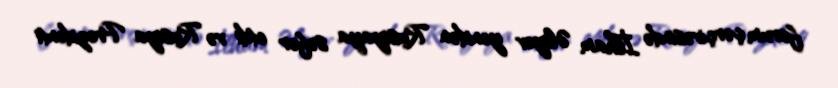
forum çərçivəsində İlham Əliyev yenidən Rusiyaya səfər etdi və Rusiya Prezidenti